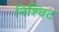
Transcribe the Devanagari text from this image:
निश्चिट